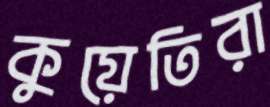
কুয়েতিরা